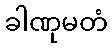
ခါဏုမတံ